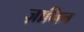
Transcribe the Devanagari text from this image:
ज़ामिन